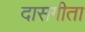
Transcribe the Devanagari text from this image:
दासगीता